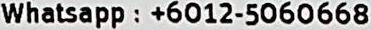
WHATSAPP : +6012-5060668